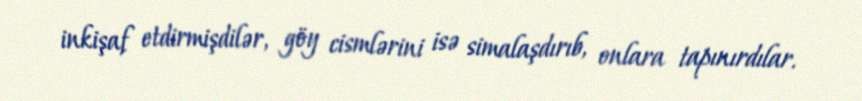
inkişaf etdirmişdilər, göy cismlərini isə simalaşdırıb, onlara tapınırdılar.